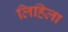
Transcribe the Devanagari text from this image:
लिहिला